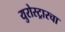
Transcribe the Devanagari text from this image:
युरोस्ट्रारचा